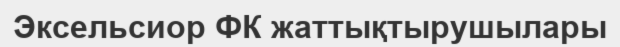
Эксельсиор ФК жаттықтырушылары